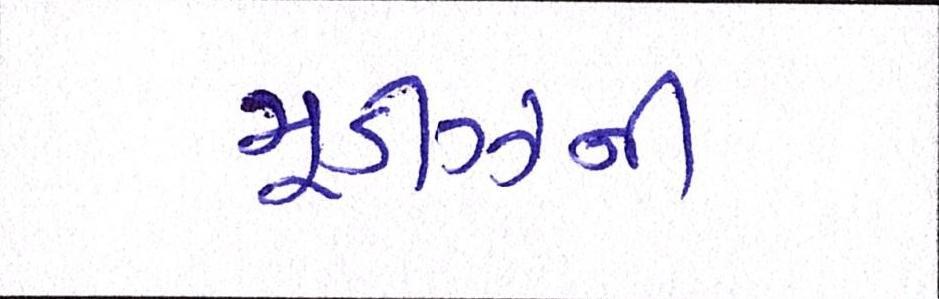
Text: મૂડીઝની